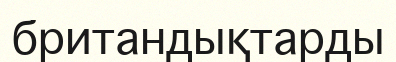
британдықтарды